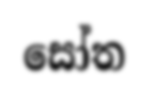
සෝත